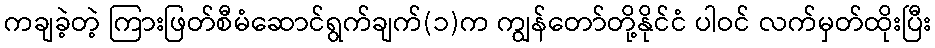
ကချခဲ့တဲ့ ကြားဖြတ်စီမံဆောင်ရွက်ချက်(၁)က ကျွန်တော်တို့နိုင်ငံ ပါဝင် လက်မှတ်ထိုးပြီး